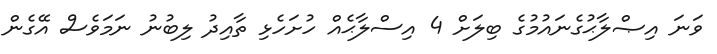
ވަނަ އިޞްލާޙުގެނައުމުގެ ބިލަށް 4 އިސްލާޙެއް ހުށަހެޅި ތާއިދު ލިބުނު ނަމަވެސް އޭގެން